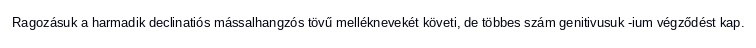
Ragozásuk a harmadik declinatiós mássalhangzós tövű melléknevekét követi, de többes szám genitivusuk -ium végződést kap.